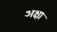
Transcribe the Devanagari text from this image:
अक्षा